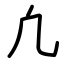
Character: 凢